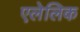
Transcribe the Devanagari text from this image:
एलेलिक